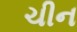
ચીન